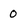
Character: 0